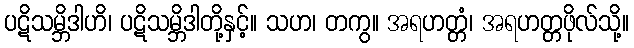
ပဋိသမ္ဘိဒါဟိ၊ ပဋိသမ္ဘိဒါတို့နှင့်။ သဟ၊ တကွ။ အရဟတ္တံ၊ အရဟတ္တဖိုလ်သို့။